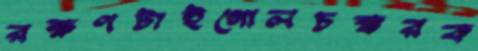
রক্ষণটাইগোলচক্করক